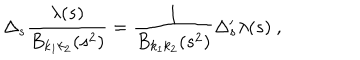
\Delta _ { s } \frac { \lambda ( s ) } { B _ { k _ { 1 } k _ { 2 } } ( s ^ { 2 } ) } = \frac { 1 } { B _ { k _ { 1 } k _ { 2 } } ( s ^ { 2 } ) } \Delta _ { s } ^ { \prime } \lambda ( s ) \ ,